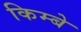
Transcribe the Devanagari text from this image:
किम्बे